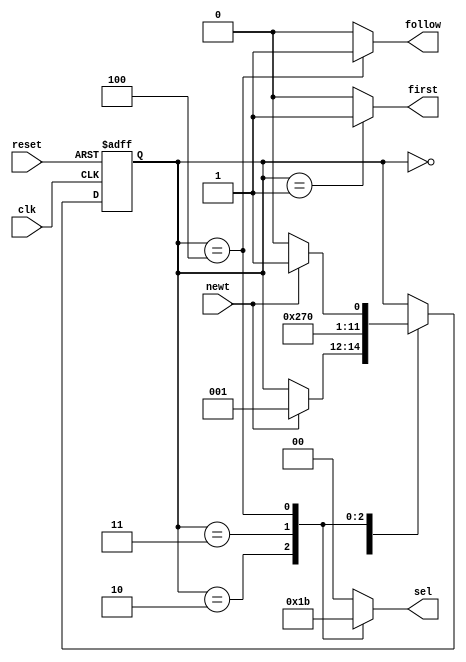
module state_m
( 
	// {{ALTERA_ARGS_BEGIN}} DO NOT REMOVE THIS LINE!
	clk, reset, newt, sel, follow, first
	// {{ALTERA_ARGS_END}} DO NOT REMOVE THIS LINE!
);
	// Port Declaration
	// {{ALTERA_IO_BEGIN}} DO NOT REMOVE THIS LINE!
	input clk, reset, newt;
	output follow, first;
	output [1:0]sel;
	// {{ALTERA_IO_END}} DO NOT REMOVE THIS LINE!

	// Wire Declaration
	reg follow, first;
	reg [1:0] sel;
	reg [2:0] filter;

parameter idle = 0, tap1 = 1, tap2 = 2, tap3 = 3, tap4 = 4;

always
begin
	case (filter)
		idle: begin
				sel = 2'b0;
				follow = 1'b0;
				first = 1'b0;
			  end

		tap1: begin
				sel = 2'b0;
				follow = 1'b0;
				first = 1'b1;
			  end

		tap2: begin
				sel = 2'b01;
				follow = 1'b0;
				first = 1'b0;
			  end

		tap3: begin
				sel = 2'b10;
				follow = 1'b0;
				first = 1'b0;
			  end

		tap4: begin
				sel = 2'b11;
				follow = 1'b1;
				first = 1'b0;
			   end
			
		default : begin
					sel = 2'b00;
					follow = 1'b0;
					first = 1'b0;
					end
	endcase
end


always @(posedge clk or posedge reset)
begin
	if (reset)
		filter = idle;
	else
		case (filter)
			idle: begin
				if (newt)
					filter = tap1;
				  end
				
			tap1: begin
					filter = tap2;
				  end

			tap2: begin
					filter = tap3;
				  end

			tap3: begin
					filter = tap4;
				  end

			tap4: begin
					if (newt)
						filter = tap1;
					else
						filter = idle;
				   end
		endcase	

end		
endmodule